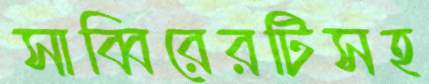
সাব্বিরেরটিসহ